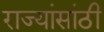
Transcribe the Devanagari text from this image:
राज्यांसांठी